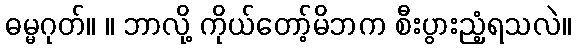
ဓမ္မဂုတ်။ ။ ဘာလို့ ကိုယ်တော့်မိဘက စီးပွားညံ့ရသလဲ။